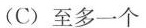
(C)至多一个